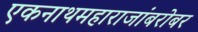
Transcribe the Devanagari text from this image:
एकनाथमहाराजांबरोबर